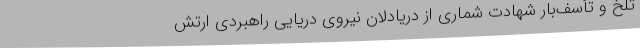
تلخ و تأسف‌بار شهادت شماری از دریادلان نیروی دریایی راهبردی ارتش